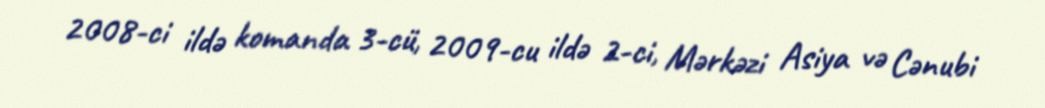
2008-ci ildə komanda 3-cü, 2009-cu ildə 2-ci, Mərkəzi Asiya və Cənubi